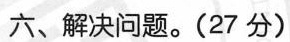
六、解决问题。(27分)